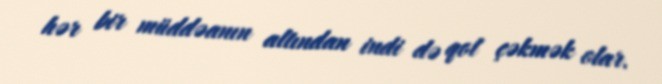
hər bir müddəanın altından indi də qol çəkmək olar.